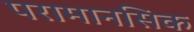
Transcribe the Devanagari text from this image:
परामानसिक